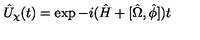
\hat { U } _ { \chi } ( t ) = \exp - i ( \hat { H } + [ \hat { \Omega } , \hat { \phi } ] ) t